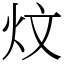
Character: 炆